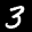
Label: 3